Scottish Leaving Certificate Examination, 1954
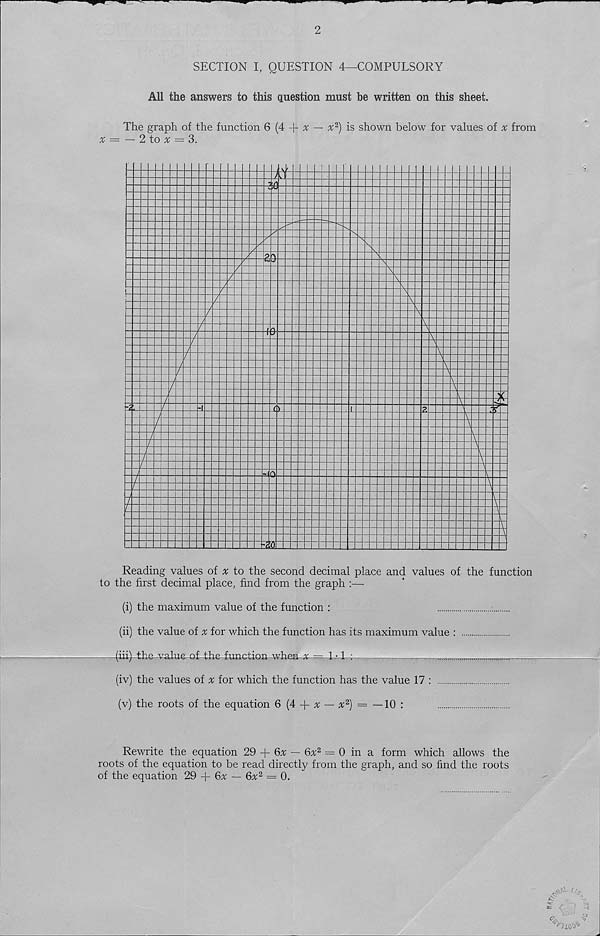
wu, -——^ i— »" — ^
— P''
—ip-
2
SECTION I, QUESTION 4—COMPULSORY
All the answers to this question must he written on this sheet.
The graph of the function 6 (4 ^ x — % 2 ) is shown below for values of % from
^ = — 2 to ^ = 3.
it
z
10
v
t
iz
=40
l
32
Reading values of x to the second decimal place and values of the function
to the first decimal place, find from the graph :—
(i) the maximum value of the function :
(ii) the value of x for which the function has its maximum value :
— (iii) the value-of- the-function whea # — 1 • 1 :
,
(iv) the values of % for which the function has the value 17 :
(v) the roots of the equation 6 (4 4- x — x 2 ) = —10 :
Rewrite the equation 29 + Qx — 6x 2 ~ 0 in a form which allows the
roots of the equation to be read directly from the graph, and so find the roots
of the equation 29 + 6^ — 6% 2 = 0.